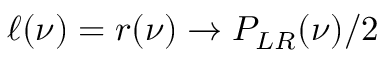
\ell ( \nu ) = r ( \nu ) \to P _ { L R } ( \nu ) / 2